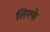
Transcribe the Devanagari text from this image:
लिफ्फे